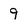
Character: 9